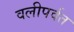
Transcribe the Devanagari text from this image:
वलीपर्वत